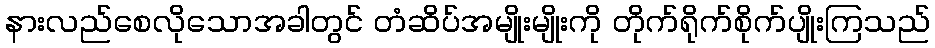
နားလည်စေလိုသောအခါတွင် တံဆိပ်အမျိုးမျိုးကို တိုက်ရိုက်စိုက်ပျိုးကြသည်